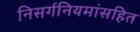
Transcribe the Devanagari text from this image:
निसर्गनियमांसहित